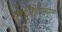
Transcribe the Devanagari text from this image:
संजिहानस्तु